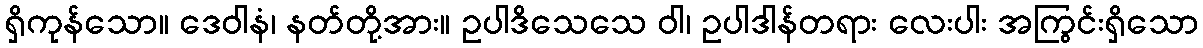
ရှိကုန်သော။ ဒေဝါနံ၊ နတ်တို့အား။ ဥပါဒိသေသေ ဝါ၊ ဥပါဒါန်တရား လေးပါး အကြွင်းရှိသော